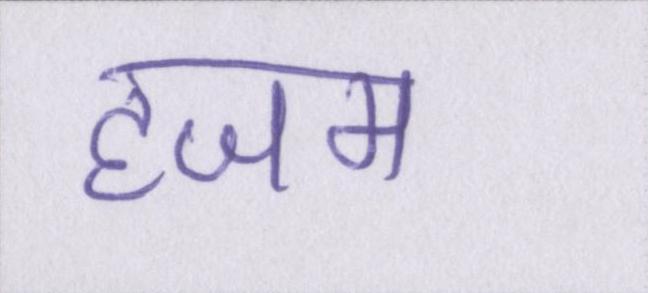
हजम